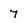
Character: 7